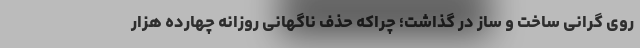
روی گرانی ساخت و ساز در گذاشت؛ چراکه حذف ناگهانی روزانه چهارده هزار